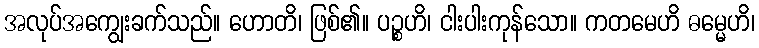
အလုပ်အကျွေးခက်သည်။ ဟောတိ၊ ဖြစ်၏။ ပဉ္စဟိ၊ ငါးပါးကုန်သော။ ကတမေဟိ ဓမ္မေဟိ၊